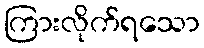
ကြားလိုက်ရသော